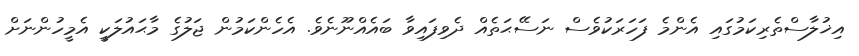
އިޚުލާސްތެރިކަމުގައި އެންމެ ފަހަރަކުވެސް ނަސޭޙަތެއް ދެވިފައިވާ ބައެއްނޫނެވެ. އެހެންކަމުން ޖަލުގެ މާޙައުލަކީ އެމީހުންނަށް